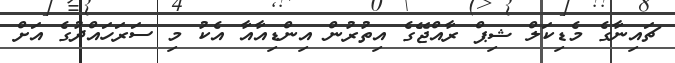
ޗައިނާގެ މެޑިކަލް ޝިޕް ރާއްޖޭގެ އިތުރުން އިންޑިއާއާ އެކު މި ސަރަހައްދުގެ އަށް